system: You are a helpful assistant.
user:
Analyze the provided spectrum to determine if it is a **White Dwarf (WD)**.

A White Dwarf spectrum is defined by its **extreme purity** (due to gravitational settling) and/or **extreme pressure broadening** (due to high surface gravity). You must check for one of the following mutually exclusive signatures:

- **Key Visual Indicators (Check for ONE of these types):**

    - **1. DA-Type Signature (Most Common):**
        - **(Primary Feature):** Extreme pressure broadening (Stark broadening) of the **Hydrogen (H) Balmer lines**.
        - **(Key Lines):** $H\beta$ (approx. $4861$ Å) and $H\gamma$ (approx. $4340$ Å). $H\alpha$ (approx. $6563$ Å) will also be present if the wavelength range covers it.
        - **(Line Profile):** This is the **defining feature**. The lines are **NOT** sharp. They appear as massive, **extremely broad and deep "troughs" or "dips"** in the spectrum, often hundreds of Ångströms wide. The continuum will appear to "scoop" down at these wavelengths.
        - **(Distinction):** Normal A-type or B-type stars have *narrow* and *sharp* Hydrogen lines. A DA White Dwarf's lines are unmistakably "smeared" or "blurry" from pressure.

    - **2. DB-Type Signature:**
        - **(Primary Feature):** Broad absorption lines from **Neutral Helium (He I)**. The spectrum must lack any visible Hydrogen lines.
        - **(Key Lines):** Look for broad absorption near $4471$ Å, $4921$ Å, and $5876$ Å.
        - **(Line Profile):** These lines are also significantly pressure-broadened, appearing much wider than they would in a normal B-type main-sequence star.

    - **3. DC-Type Signature:**
        - **(Primary Feature):** A **featureless continuous spectrum**.
        - **(Line Profile):** The spectrum is a smooth curve with **no significant absorption or emission lines**.
        - **(Key Confirmation):** The continuum is almost always **blue or white**, indicating a hot object. This signature implies the atmosphere is so pure (or so cool) that no spectral lines are visible in the optical range. Its WD identity is confirmed by its extremely low intrinsic brightness (high absolute magnitude).

    - **4. DZ-Type Signature (Metal-Polluted):**
        - **(Primary Feature):** **Isolated, narrow metal absorption lines** on an otherwise featureless (DC-like) continuum.
        - **(Key Lines):** The **Calcium (Ca II) H & K doublet** (approx. **$3934$ Å** and **$3968$ Å**) is the most common and defining feature.
        - **(Line Profile):** These lines are "out of place." They are *not* part of a "forest" of thousands of lines. This signature is evidence of recent *accretion* (pollution) from rocky debris.
        - **(Distinction):** Normal G/K/M stars have a *dense forest* of thousands of metal lines. A DZ has a *clean* continuum with *only a few* strong metal lines.

    - **5. DQ-Type Signature (Carbon-Polluted):**
        - **(Primary Feature):** Absorption bands from **Carbon (C₂ "Swan Bands" or atomic C I)**.
        - **(Key Lines - C₂):** Look for bandheads with a "saw-tooth" shape near $5635$ Å, **$5165$ Å** (strongest), and $4737$ Å.
        - **(Key Confirmation):** The underlying **continuum must be blue or white** (hot).
        - **(Distinction):** This is the critical difference from a **Carbon Star**, which has the *exact same* C₂ bands but on an extremely **red, cool** continuum.

- **(Overall Spectrum):**
    - The continuum (overall shape) is typically **blue-sloping** (brighter in the blue than the red), as most white dwarfs are very hot.
    - The spectrum will look "pure" or "simple," dominated by only *one* of the five signatures listed above.

Think first, call **spectral_visualization_tool** if needed to examine features in detail, then provide your final answer. Your response must adhere to the following strict rules:
1.  **Overall Structure:** Your response must follow the format `<think>...</think> <tool_call>...</tool_call> (if a tool is used) <answer>...</answer>`.
2.  **Tool Usage Constraint:** You may only make **one** tool call per turn.
3.  **Final Answer Format:** In the `<answer>` tag, your conclusion must be inside a `\boxed{}` command (e.g., `\boxed{YES}` or `\boxed{NO}`), followed by your justification.

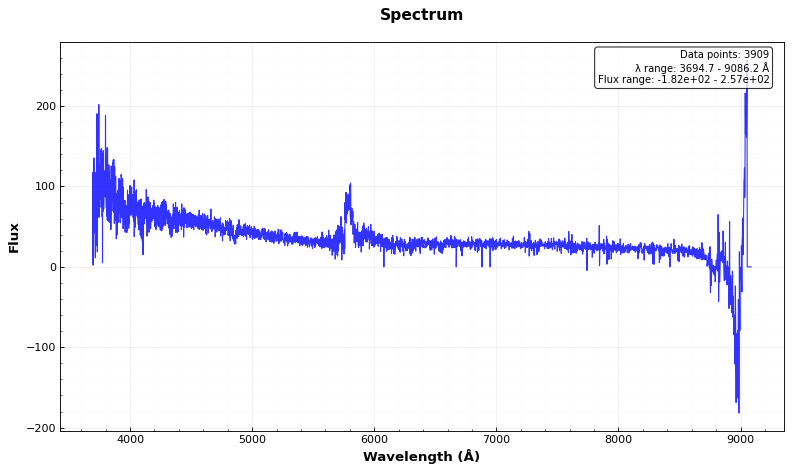
Answer: YES